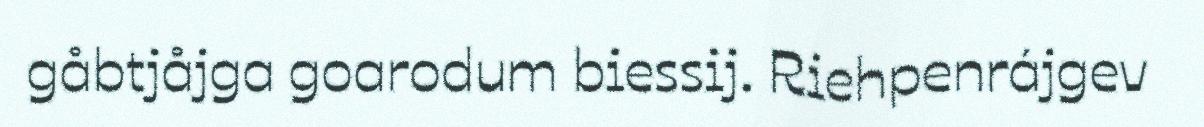
gåbtjåjga goarodum biessij. Riehpenrájgev